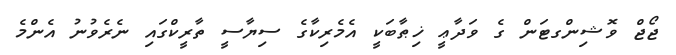
ޖޯޖް ވޮޝިންގޓަން ގެ ވަދާޢީ ޚިޠާބަކީ އެމެރިކާގެ ސިޔާސީ ތާރީކްގައި ނެރެވުނު އެންމެ